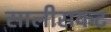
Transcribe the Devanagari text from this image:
सालीसकट